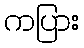
ကပြား